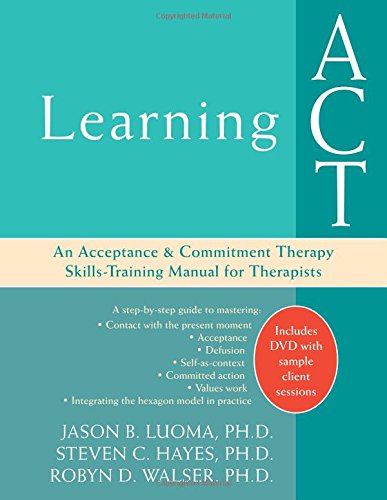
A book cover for Learning ACT: An Acceptance and Commitment Therapy Skills-Training Manual for Therapists; Jason Luoma PhD; Medical Books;